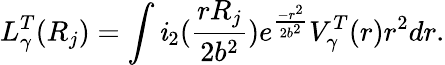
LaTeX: L_{\gamma}^{T}(R_{j})=\int\mathit{i}_{2}(\frac{{rR_{j}}}{{2b^{2}}})e^{\frac{{-r^{2}}}{{2b^{2}}}}V_{\gamma}^{T}(r)r^{2}dr.